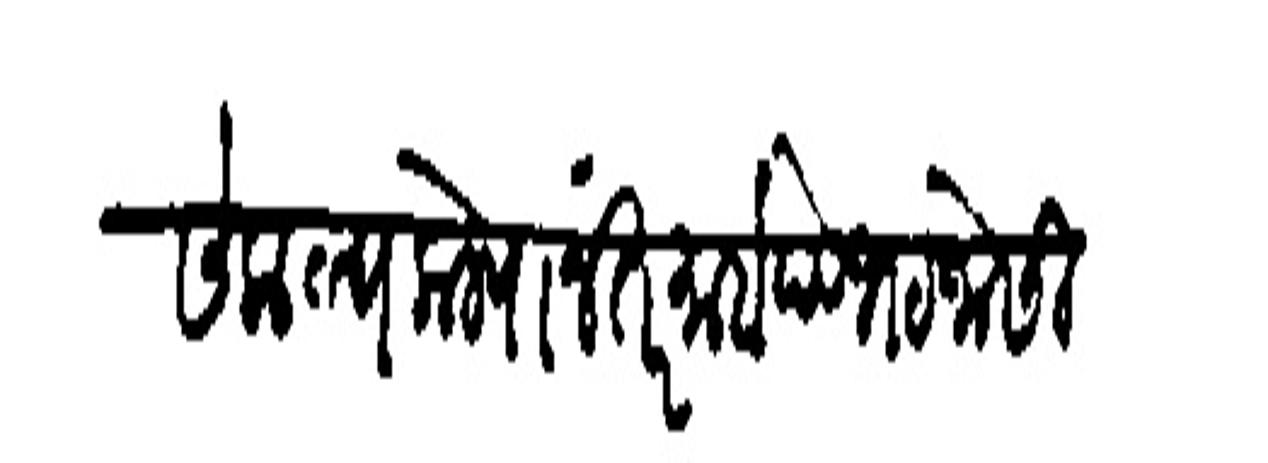
Transliteration (Devanagari): संकल्प केल्यानंतर माहादेवभट जोसी